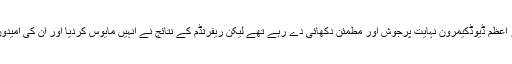
اس وقت کے وزیر اعظم ڈیوڈکیمرون نہایت پُرجوش اور مطمئن دکھائی دے رہے تھے لیکن ریفرنڈم کے نتائج نے انہیں مایوس کردیا اور ان کی امیدوں پر پانی پھیر دیا۔